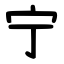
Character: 宁